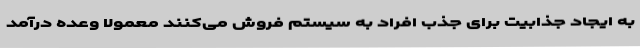
به ایجاد جذابیت برای جذب افراد به سیستم فروش می‌کنند معمولا وعده درآمد